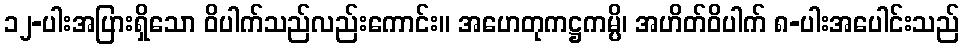
၁၂-ပါးအပြားရှိသော ဝိပါက်သည်လည်းကောင်း။ အဟေတုကဋ္ဌကမ္ပိ၊ အဟိတ်ဝိပါက် ၈-ပါးအပေါင်းသည်